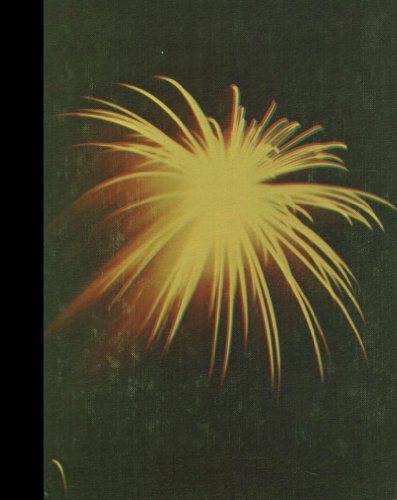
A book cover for (Reprint) 1974 Yearbook: Bowsher High School, Toledo, Ohio; Reference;